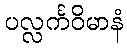
ပလ္လင်္ကဝိမာနံ